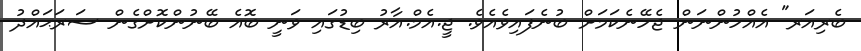
ބެރިއަރ" އެއްހުންނަން ޖެހޭނެކަމަށް ބުނެފައިވެއެވެ. ޖީ.އެމް.އާރު ބިޑުގައި ވަނީ ބޮއެ ބޭނުންކޮށްގެން ސަރަޙައްދު